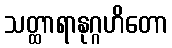
သတ္ထာရာနုဂ္ဂဟိတော